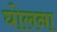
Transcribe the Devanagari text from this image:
घोलना